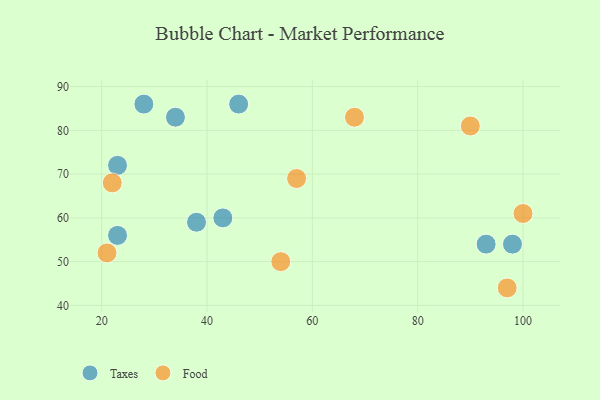
{"axis": {"x": "GDP", "y": "Life Expectancy"}, "legend": ["Food", "Taxes"], "data": [{"x": "46", "y": 86, "type": "Taxes"}, {"x": "93", "y": 54, "type": "Taxes"}, {"x": "98", "y": 54, "type": "Taxes"}, {"x": "38", "y": 59, "type": "Taxes"}, {"x": "43", "y": 60, "type": "Taxes"}, {"x": "23", "y": 56, "type": "Taxes"}, {"x": "23", "y": 72, "type": "Taxes"}, {"x": "34", "y": 83, "type": "Taxes"}, {"x": "28", "y": 86, "type": "Taxes"}, {"x": "100", "y": 61, "type": "Food"}, {"x": "68", "y": 83, "type": "Food"}, {"x": "21", "y": 52, "type": "Food"}, {"x": "57", "y": 69, "type": "Food"}, {"x": "54", "y": 50, "type": "Food"}, {"x": "22", "y": 68, "type": "Food"}, {"x": "97", "y": 44, "type": "Food"}, {"x": "90", "y": 81, "type": "Food"}]}